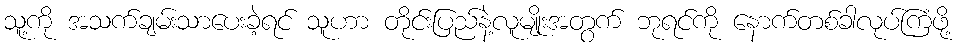
သူ့ကို အသက်ချမ်းသာပေးခဲ့ရင် သူဟာ တိုင်းပြည်နဲ့လူမျိုးအတွက် ဘုရင်ကို နောက်တစ်ခါလုပ်ကြံဖို့